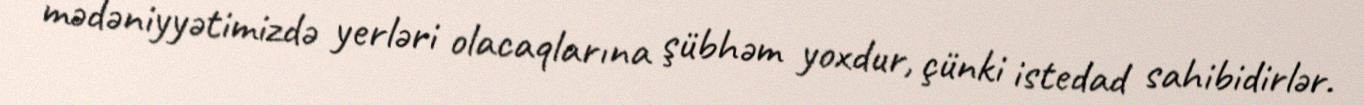
mədəniyyətimizdə yerləri olacaqlarına şübhəm yoxdur, çünki istedad sahibidirlər.